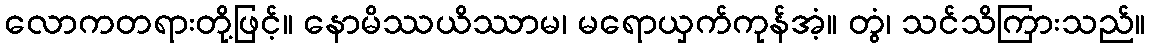
လောကတရားတို့ဖြင့်။ နောမိဿယိဿာမ၊ မရောယှက်ကုန်အံ့။ တွံ၊ သင်သိကြားသည်။